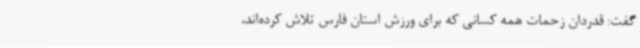
گفت: قدردان زحمات همه کسانی که برای ورزش استان فارس تلاش کرده‌اند،